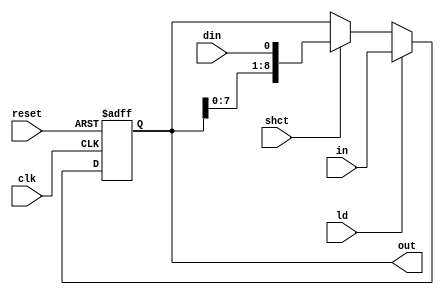
`timescale 1ns / 1ps
//////////////////////////////////////////////////////////////////////////////////
// Company: 
// Engineer: 
// 
// Design Name: 
// Module Name: shreg
// Project Name: 
// Target Devices: 
// Tool Versions: 
// Description: 
// 
// Dependencies: 
// 
// Revision:
// Revision 0.01 - File Created
// Additional Comments:
// 
//////////////////////////////////////////////////////////////////////////////////


module shreg(output reg [8:0] out, input [8:0] in, input din,ld,shct,clk,reset);
always @(posedge clk, posedge reset)
begin
    if(reset)
        out <= 0;
    else if(ld)
        out <= in;
    else if(shct)
        out <= {out[7:0],din};
end
endmodule